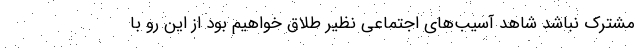
مشترک نباشد شاهد آسیب‌های اجتماعی نظیر طلاق خواهیم بود از این رو با